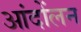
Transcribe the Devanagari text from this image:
आंदोंलन